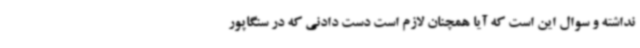
نداشته و سوال این است که آیا همچنان لازم است دست دادنی که در سنگاپور